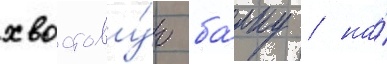
хвостову́ю ба́лку / на́